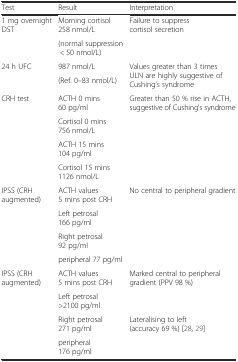
| Test | Result | Interpretation |
 | --- | --- | --- |
 | <ROWSPAN=2> 1 mg overnight DST | Morning cortisol 258 nmol/L | <ROWSPAN=2> Failure to suppress cortisol secretion |
 | (normal suppression< 50 nmol/L) |
 | <ROWSPAN=2> 24 h UFC | 987 nmol/L | <ROWSPAN=2> Values greater than 3 times ULN are highly suggestive of Cushing’s syndrome |
 | (Ref. 0–83 nmol/L) |
 | <ROWSPAN=4> CRH test | ACTH 0 mins 60 pg/ml | <ROWSPAN=4> Greater than 50 % rise in ACTH, suggestive of Cushing’s syndrome |
 | Cortisol 0 mins 756 nmol/L |
 | ACTH 15 mins 104 pg/ml |
 | Cortisol 15 mins 1126 nmol/L |
 | <ROWSPAN=4> IPSS (CRH augmented) | ACTH values 5 mins post CRH | <ROWSPAN=4> No central to peripheral gradient |
 | Left petrosal 166 pg/ml |
 | Right petrosal 92 pg/ml |
 | peripheral 77 pg/ml |
 | <ROWSPAN=4> IPSS (CRH augmented) | ACTH values 5 mins post CRH | <ROWSPAN=2> Marked central to peripheral gradient (PPV 98 %) |
 | Left petrosal >2100 pg/ml |
 | Right petrosal 271 pg/ml | <ROWSPAN=2> Lateralising to left (accuracy 69 %) [28, 29] |
 | peripheral 176 pg/ml |